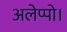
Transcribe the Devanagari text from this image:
अलेप्पो।